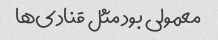
معمولی بود مثل قنادی‌ها